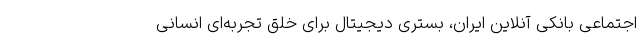
اجتماعی بانکی آنلاین ایران، بستری دیجیتال برای خلق تجربه‌ای انسانی